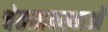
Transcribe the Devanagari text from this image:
चेतनावस्थाओं